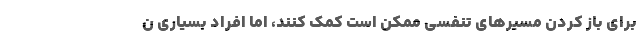
برای باز کردن مسیرهای تنفسی ممکن است کمک کنند، اما افراد بسیاری ن